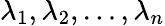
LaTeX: \lambda_{1},\lambda_{2},\ldots,\lambda_{n}